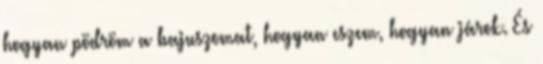
hogyan pödröm a bajuszomat, hogyan eszem, hogyan járok. És